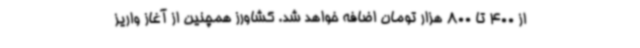
از 400 تا 800 هزار تومان اضافه خواهد شد. کشاورز همچنین از آغاز واریز